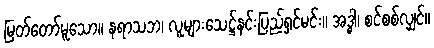
မြတ်တော်မူသော။ နရာသဘ၊ လူများသေဋ္ဌ်နင်းပြည်ရှင်မင်း။ အဒ္ဓါ၊ စင်စစ်လျှင်။